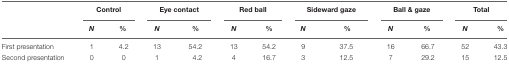
<table><thead><tr><td></td><td colspan="2"><b>Control</b></td><td colspan="2"><b>Eye contact</b></td><td colspan="2"><b>Red ball</b></td><td colspan="2"><b>Sideward gaze</b></td><td colspan="2"><b>Ball &amp; gaze</b></td><td colspan="2"><b>Total</b></td></tr><tr><td></td><td><b><i>N</i></b></td><td><b>%</b></td><td><b><i>N</i></b></td><td><b>%</b></td><td><b><i>N</i></b></td><td><b>%</b></td><td><b><i>N</i></b></td><td><b>%</b></td><td><b><i>N</i></b></td><td><b>%</b></td><td><b><i>N</i></b></td><td><b>%</b></td></tr></thead><tbody><tr><td>First presentation</td><td>1</td><td>4.2</td><td>13</td><td>54.2</td><td>13</td><td>54.2</td><td>9</td><td>37.5</td><td>16</td><td>66.7</td><td>52</td><td>43.3</td></tr><tr><td>Second presentation</td><td>0</td><td>0</td><td>1</td><td>4.2</td><td>4</td><td>16.7</td><td>3</td><td>12.5</td><td>7</td><td>29.2</td><td>15</td><td>12.5</td></tr></tbody></table>